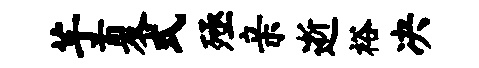
芋夏式殛亲逝裕决